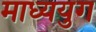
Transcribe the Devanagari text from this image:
माध्ययुग